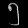
Digit: ၅